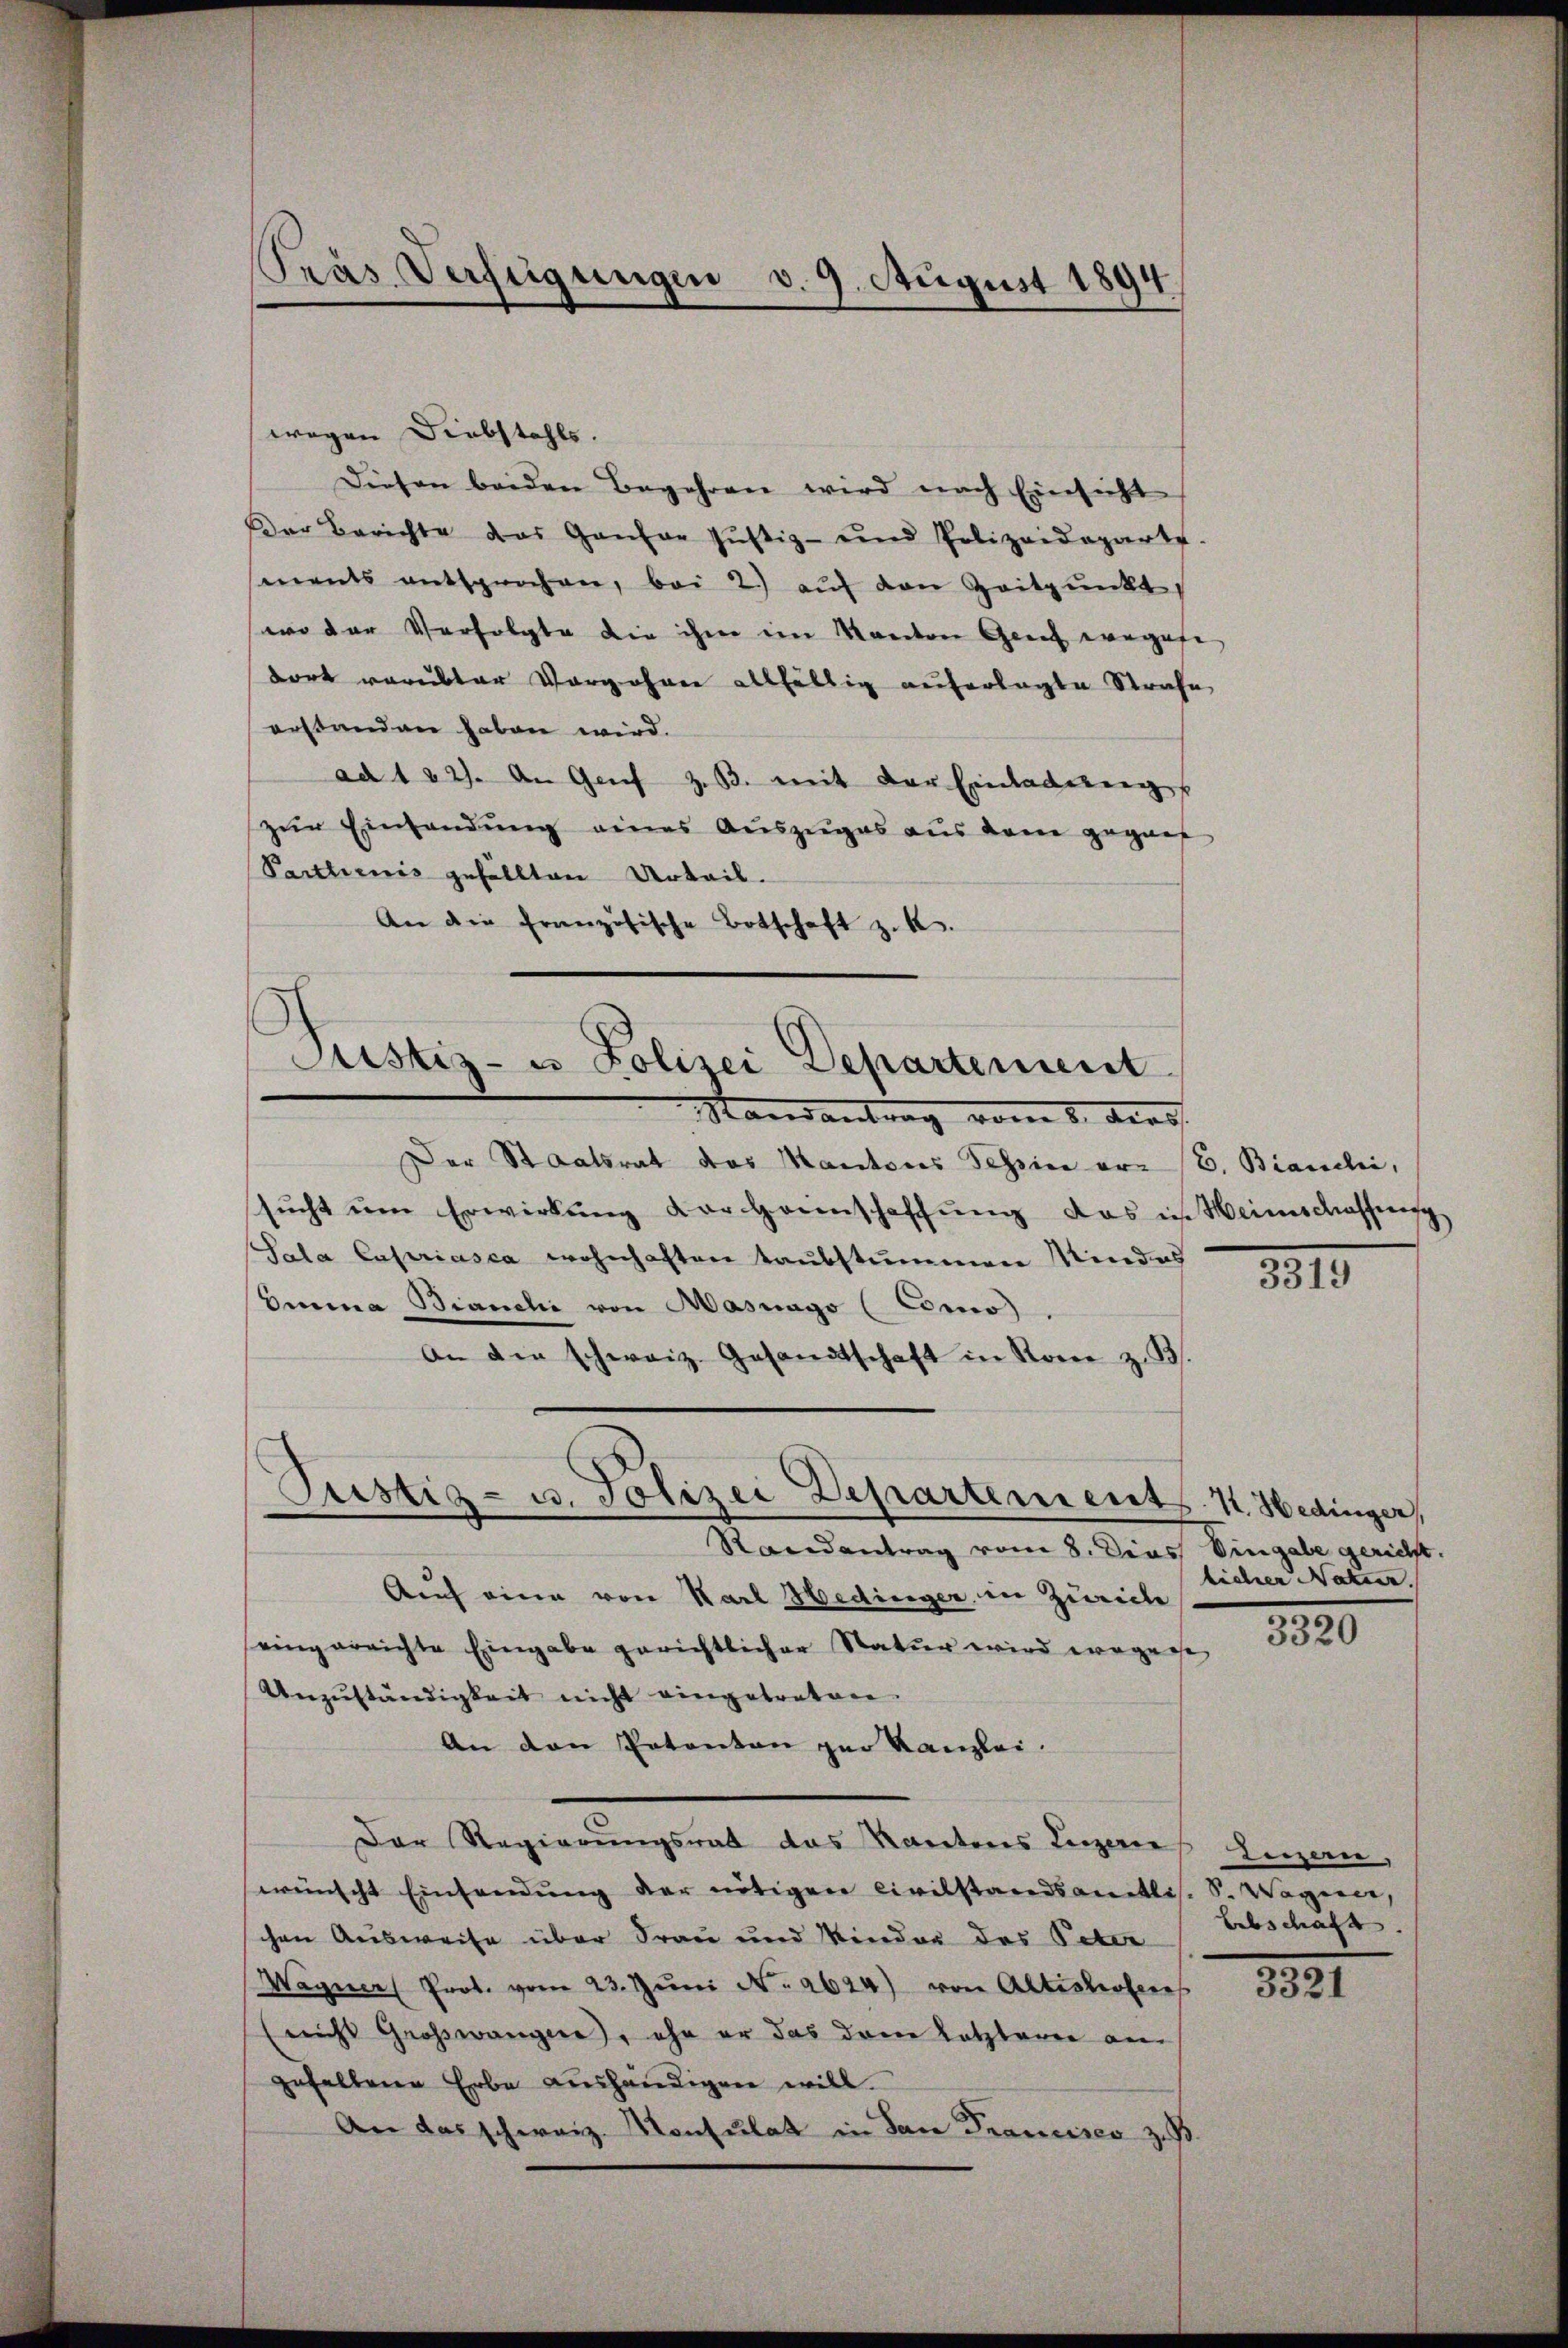
Pras Verfügungen v. 9. August 1894

wegen Diebstahls.
Diesen beiden Begehren wird nach Einsicht
Der Berichte das Gantar Jŭstiz- und Polizeideparte.
sments entsprochen, bei 2.) auf den Zeitpunkt
(wo der Verfolgte die ihme im Kanton Genf wegese
dort vorubter Vorgähren allfältig auferlegte Strafe
erstanden haben wird.
ad 102). An Genf z. B. mit der Einladerungs
zŭr Einsendung eines Auszuges aus dem gegner
Parthienis gefällten Urteil.
An die französische Botschaft z. K.
Mandantrag vom 6. der f
Der Staatsrat das Mantons Tessin er (E. Bianchi,
sŭcht um Erwirkung der Hannschaffung das ich Weinschaffung
Sala Capriasca wohnhaften taubstummen Mindes
Emma Bianchi von Masnago (Como
an die schweiz. Gesandtschaft in Rome z. B
Pustiz- u. Polizei Departements. 1. Hedinger
Randantrag vom 8. Dies
Auf eine von Karl Hedinger in Zürich
eingereichte Eingabe gerichtlicher Natur wird wegense
Anzŭständigkeit nicht eingetreten.
An den Patenton ger Kanzlei.
Der Regierŭngsrat das Kantons Leigerne
wünscht Einsendung der nötigen Civilstandsamtlis. S. Wagen,
chen Ausweise über Frau und Kinder des Peter
Wagner Prot. vom 23. Jŭni No 2624) von Altesterberes
(nicht Großwängere, ihn er das dann letzteren am
gesellene Erbe aushändigen will.
An das schweiz. Konsulat in San Francisco zus

Justiz- u Polizei Departement

1815.

Eingabe gericht.
licher Natur.

1820

Legen,
Lebschaft.

3321